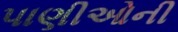
પાણીઓની